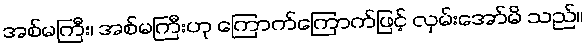
အစ်မကြီး၊ အစ်မကြီးဟု ကြောက်ကြောက်ဖြင့် လှမ်းအော်မိ သည်။